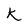
Character: K